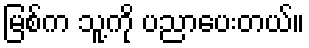
မြစ်က သူ့ကို ပညာပေးတယ်။